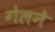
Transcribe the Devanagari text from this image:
गेलने